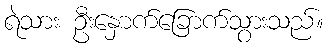
ရဲသား ဦးနှောက်ခြောက်သွားသည်။